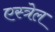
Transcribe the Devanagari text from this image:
एस्त्रेल